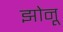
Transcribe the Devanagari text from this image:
झोनू